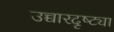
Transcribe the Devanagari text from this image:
उच्चारदृष्ट्या